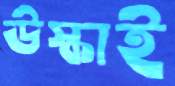
উস্‌কাই